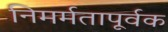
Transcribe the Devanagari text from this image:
निमर्मतापूर्वक